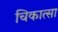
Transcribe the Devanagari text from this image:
चिकात्सा